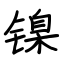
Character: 镍